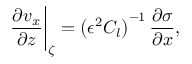
\frac { \partial v _ { x } } { \partial z } \bigg \vert _ { \zeta } = \left( \epsilon ^ { 2 } C _ { l } \right) ^ { - 1 } \frac { \partial \sigma } { \partial x } ,